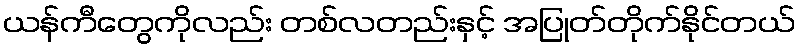
ယန်ကီတွေကိုလည်း တစ်လတည်းနှင့် အပြုတ်တိုက်နိုင်တယ်